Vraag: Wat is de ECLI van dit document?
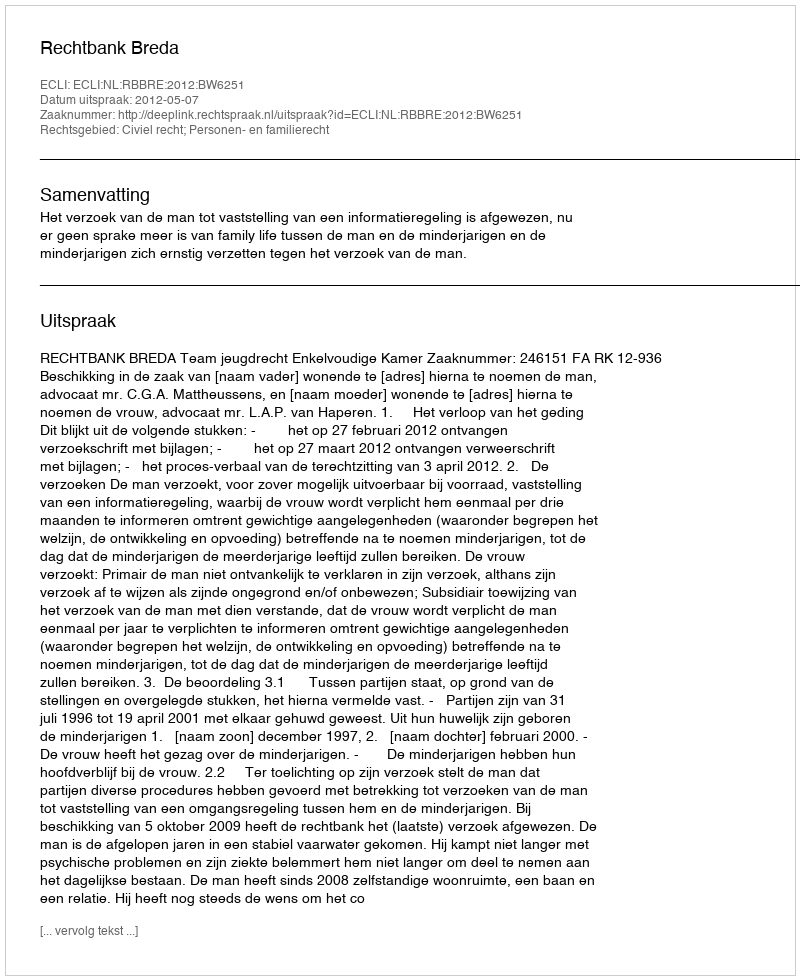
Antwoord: ECLI:NL:RBBRE:2012:BW6251